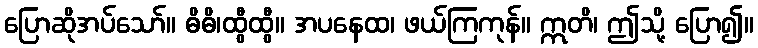
ပြောဆိုအပ်သော်။ ဓိဓိ၊ထွီထွီ။ အပနေထ၊ ဖယ်ကြကုန်။ ဣတိ၊ ဤသို့ ပြော၍။